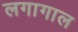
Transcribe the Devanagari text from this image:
लगागाल